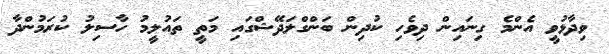
ވިދާޅުވީ އެންމެ ގިނައިން ދިވެހި ކުދިން ބަންގްލަދޭޝްގައި މަތީ ތައުލީމު ހާސިލު ކުރަމުންދާ